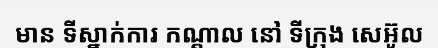
មាន ទីស្នាក់ការ កណ្តាល នៅ ទីក្រុង សេអ៊ូល